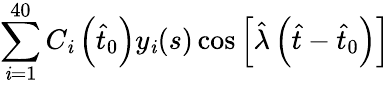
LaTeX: \sum_{\mathit{i}=1}^{40}C_{\mathit{i}}\left(\hat{{t}}_{0}\right)y_{\mathit{i}}(s)\cos\left[\hat{{\lambda}}\left(\hat{{t}}-\hat{{t}}_{0}\right)\right]